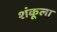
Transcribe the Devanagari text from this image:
शंकूला